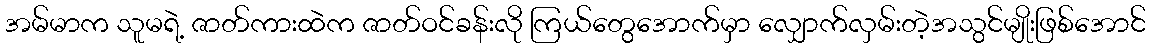
အမ်မာက သူမရဲ့ ဇာတ်ကားထဲက ဇာတ်ဝင်ခန်းလို ကြယ်တွေအောက်မှာ လျှောက်လှမ်းတဲ့အသွင်မျိုးဖြစ်အောင်